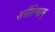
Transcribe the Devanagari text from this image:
शरीरिणाम्